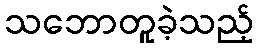
သဘောတူခဲ့သည့်